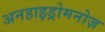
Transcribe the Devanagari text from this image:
अनहाइड्रोमनोज़